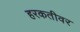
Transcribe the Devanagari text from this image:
हरकतीवर